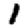
Digit: 1